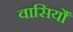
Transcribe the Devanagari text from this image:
वासियोँ